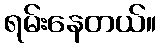
ရမ်းနေတယ်။